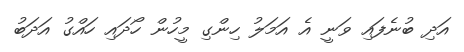
އަދި ބުނެފައި ވަނީ އެ އަމަލު ހިންގި މީހުން ހޯދައި ހައްގު އަދަބު